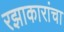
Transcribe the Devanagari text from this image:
रझाकारांचा